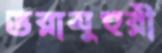
ভরামুহুরী